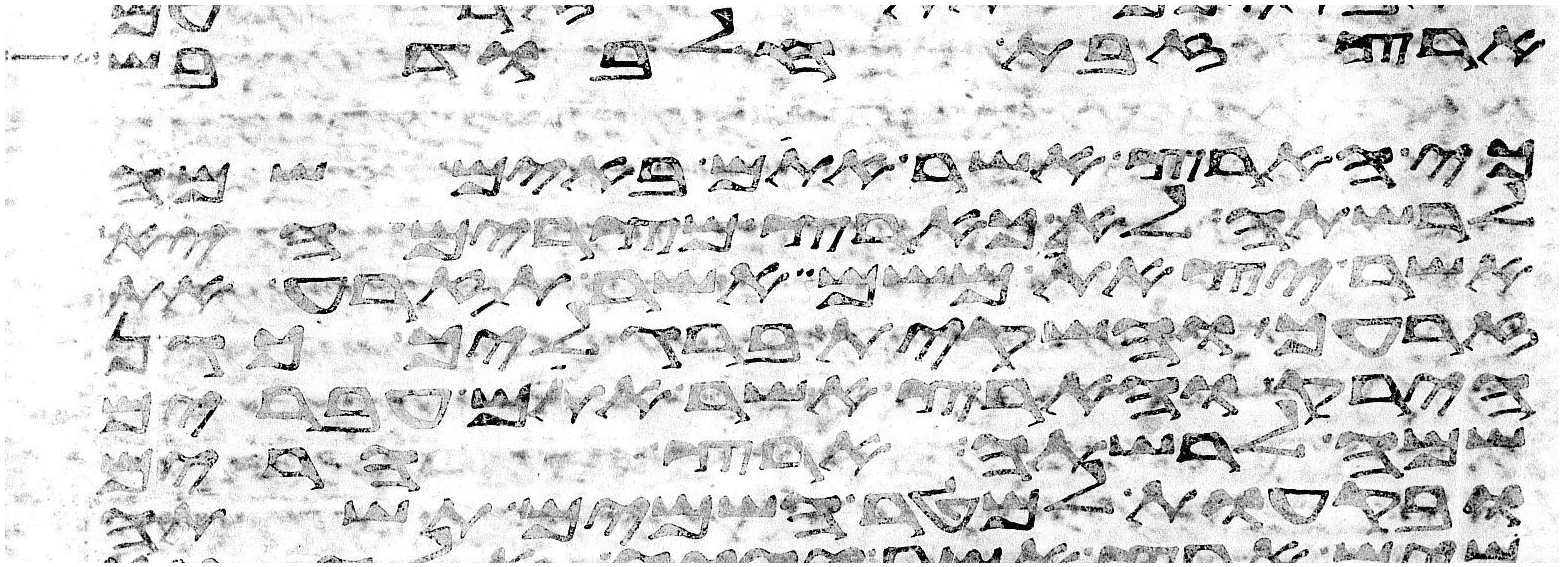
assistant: ארץ זבת חלב ודבש
כי הארץ אשר אתם באים שמה
לרשתה לא כארץ מצרים היא
אשר יצאתם משם אשר תזרע את
זרעך והשקית ברגליך כגן
הירק והארץ אשר אתם עברים
שמה לרשתה ארץ הרים
ובקעות למטר השמים תשתה